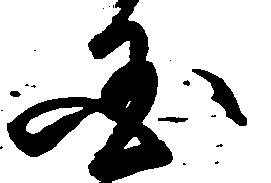
国